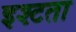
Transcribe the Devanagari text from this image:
इश्टता